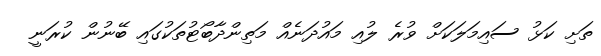
ތަށި ކަޅު ސައިމަލަކަށް ވުރެ ލުއި މައުދަނެއް މަތިންދާބޯޓުތަކުގައި ބޭނުން ކުރަނީ